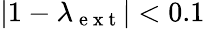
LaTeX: |1-\lambda_{\mathrm{~e~x~t~}}|<0.1